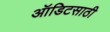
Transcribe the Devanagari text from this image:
ऑडिटसाठी